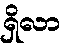
ရှိလာ